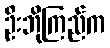
ဦးဘိုကြည်က